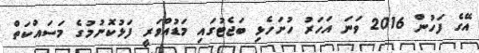
އޭގެ ފަހުން 2016 ވަނަ އަހަރު ހުށަހެޅި ބަޖެޓުގައި މަޑުއްވަރީ ފަޅުކޮނުމުގެ މަސައްކަތް